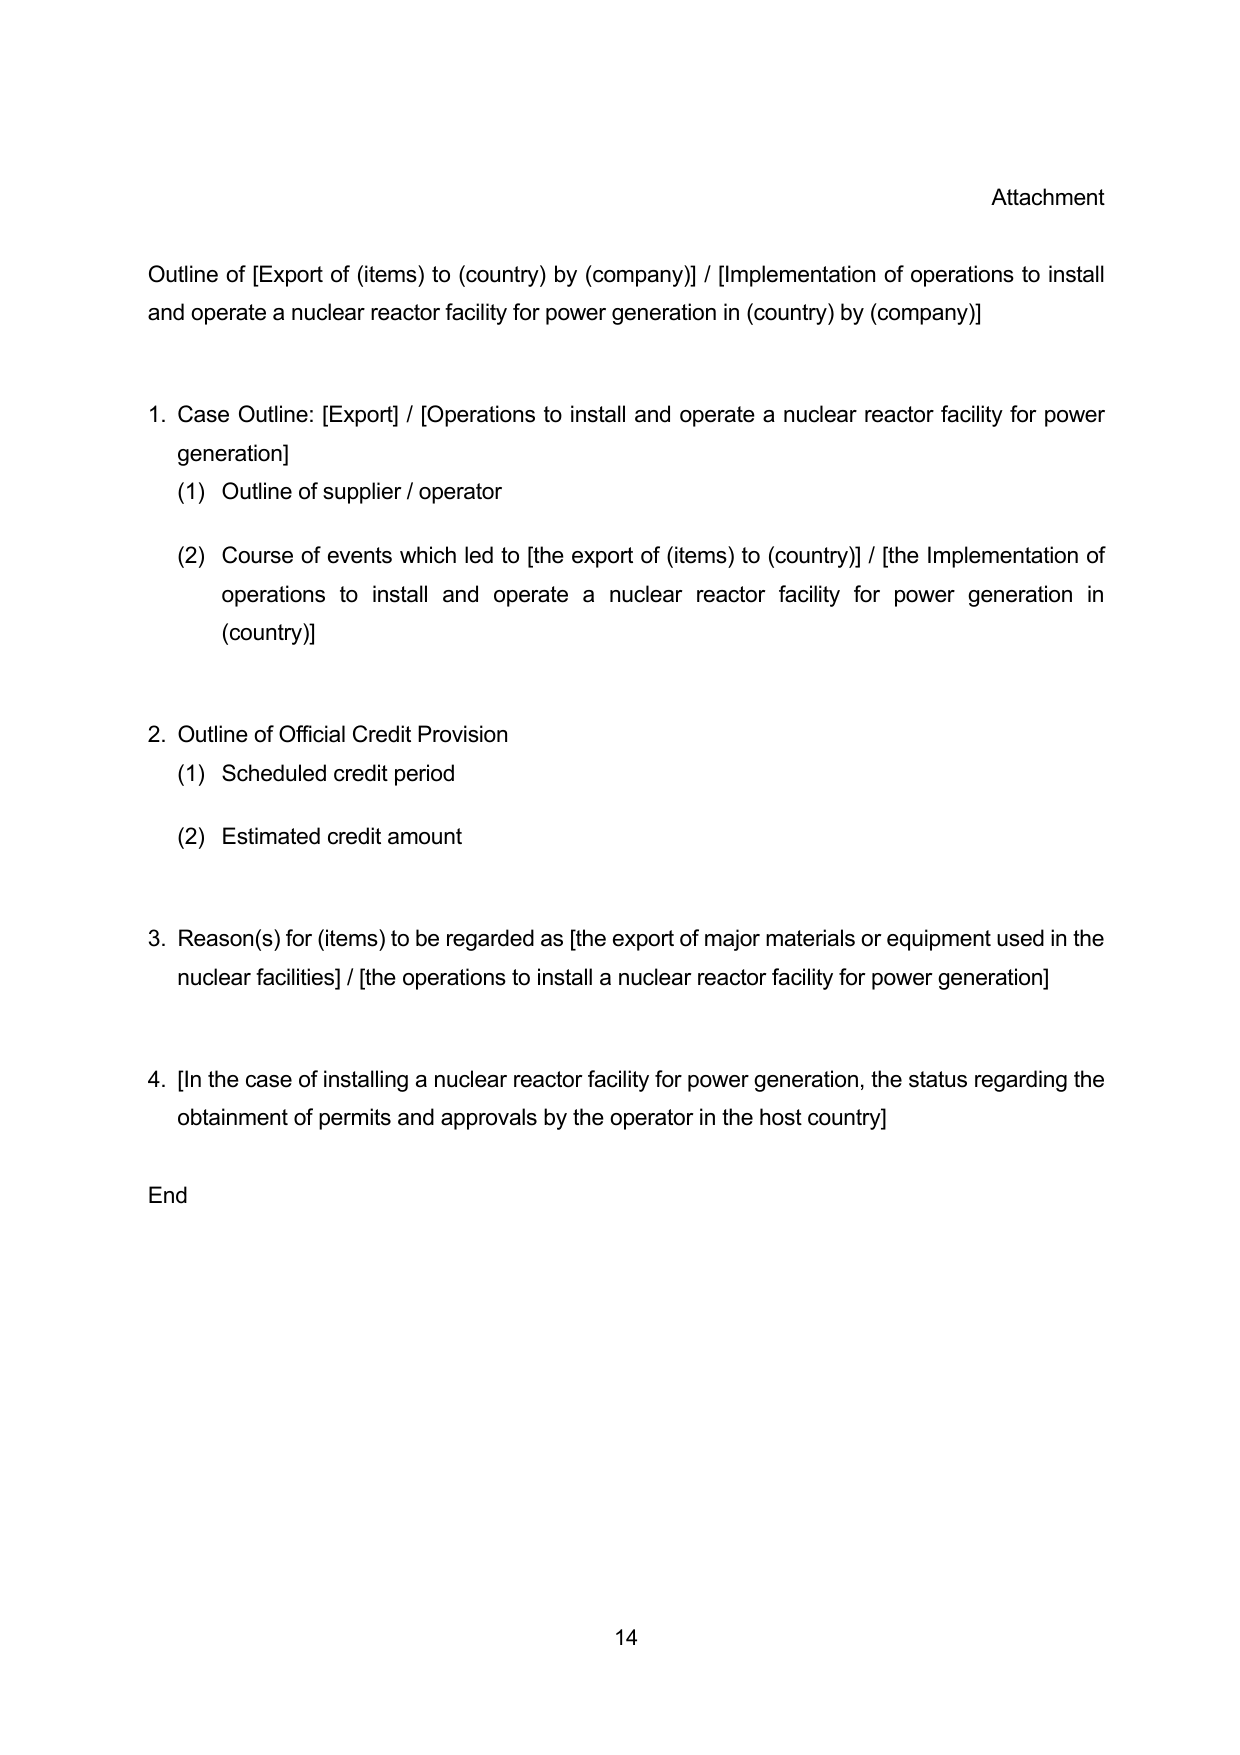
Attachment

Outline of [Export of (items) to (country) by (company)] / [Implementation of operations to install and operate a nuclear reactor facility for power generation in (country) by (company)]

1. Case Outline: [Export] / [Operations to install and operate a nuclear reactor facility for power generation]
   (1) Outline of supplier / operator
   (2) Course of events which led to [the export of (items) to (country)] / [the Implementation of operations to install and operate a nuclear reactor facility for power generation in (country)]

2. Outline of Official Credit Provision
   (1) Scheduled credit period
   (2) Estimated credit amount

3. Reason(s) for (items) to be regarded as [the export of major materials or equipment used in the nuclear facilities] / [the operations to install a nuclear reactor facility for power generation]

4. [In the case of installing a nuclear reactor facility for power generation, the status regarding the obtainment of permits and approvals by the operator in the host country]

End

14